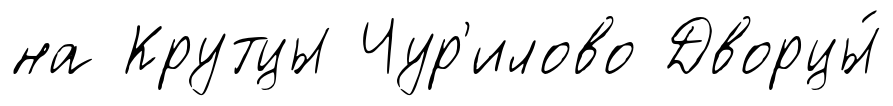
на Крутцы Чур'илово Дворцы́